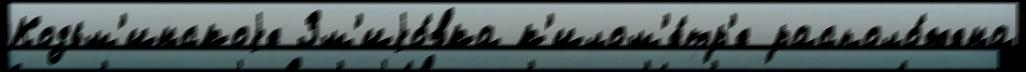
Козьм'инскоjе Зм'иjо́вка к'илом'е́тр'е располо́жена